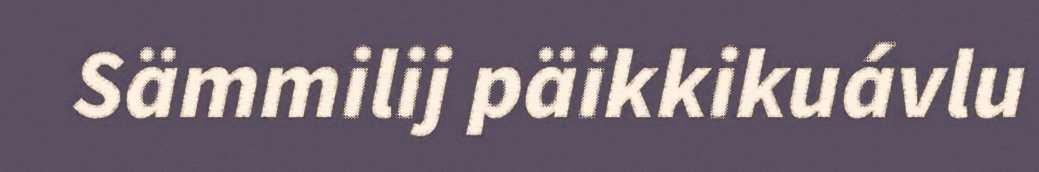
Sämmilij päikkikuávlu